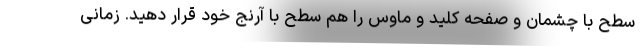
سطح با چشمان و صفحه کلید و ماوس را هم سطح با آرنج خود قرار دهید. زمانی